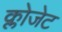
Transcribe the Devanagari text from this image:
क्लोजेट